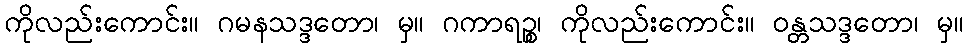
ကိုလည်းကောင်း။ ဂမနသဒ္ဒတော၊ မှ။ ဂကာရဉ္စ၊ ကိုလည်းကောင်း။ ဝန္တသဒ္ဒတော၊ မှ။